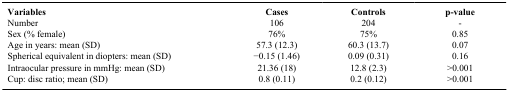
| Variables | Cases | Controls | p-value |
 | --- | --- | --- | --- |
 | Number | 106 | 204 | - |
 | Sex (% female) | 76% | 75% | 0.85 |
 | Age in years: mean (SD) | 57.3 (12.3) | 60.3 (13.7) | 0.07 |
 | Spherical equivalent in diopters: mean (SD) | −0.15 (1.46) | 0.09 (0.31) | 0.16 |
 | Intraocular pressure in mmHg: mean (SD) | 21.36 (18) | 12.8 (2.3) | >0.001 |
 | Cup: disc ratio; mean (SD) | 0.8 (0.11) | 0.2 (0.12) | >0.001 |